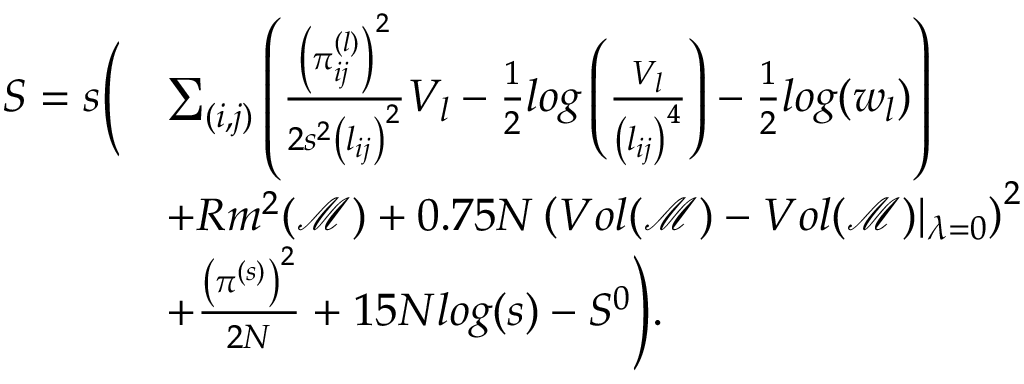
\begin{array} { r l } { S = s \Bigg ( } & { \sum _ { ( i , j ) } \left( \frac { \left( \pi _ { i j } ^ { ( l ) } \right) ^ { 2 } } { 2 s ^ { 2 } \left( l _ { i j } \right) ^ { 2 } } V _ { l } - \frac { 1 } { 2 } l o g \left( \frac { V _ { l } } { \left( l _ { i j } \right) ^ { 4 } } \right) - \frac { 1 } { 2 } l o g ( w _ { l } ) \right) } \\ & { + R m ^ { 2 } ( \mathcal { M } ) + 0 . 7 5 N \left( V o l ( \mathcal { M } ) - V o l ( \mathcal { M } ) \vert _ { \lambda = 0 } \right) ^ { 2 } } \\ & { + \frac { \left( \pi ^ { ( s ) } \right) ^ { 2 } } { 2 N } + 1 5 N l o g ( s ) - S ^ { 0 } \Bigg ) . } \end{array}